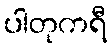
ပါတုကရီ